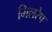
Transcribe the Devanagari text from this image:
मिलरेप